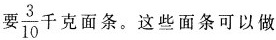
要\frac{3}{10}千克面条。这些面条可以做